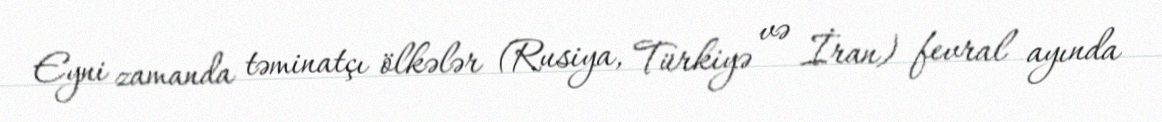
Eyni zamanda təminatçı ölkələr (Rusiya, Türkiyə və İran) fevral ayında